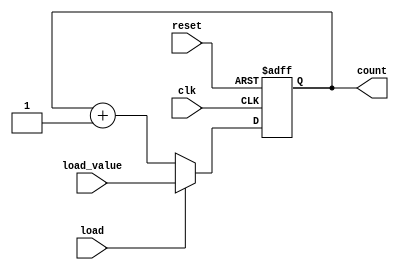
module loadable_counter (
    input wire clk,               // Clock input
    input wire load,              // Load control signal
    input wire [3:0] load_value,  // Value to load into the counter
    input wire reset,             // Asynchronous reset signal
    output reg [3:0] count        // Current count output
);

    // Asynchronous reset and load functionality
    always @(posedge clk or posedge reset) begin
        if (reset) begin
            count <= 4'b0000;      // Reset the counter to 0
        end else if (load) begin
            count <= load_value;   // Load the specified value
        end else begin
            count <= count + 1;    // Increment the counter
        end
    end

endmodule